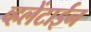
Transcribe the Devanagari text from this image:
व्हलेंटाईन